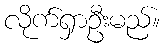
လိုက်ရှာဦးမည်။